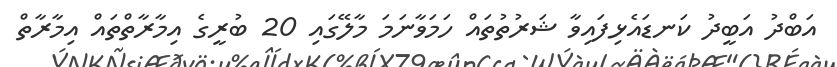
އަބްދު އަބީދު ކަނޑައެޅިފައިވާ ޝަރުތުތައް ހަމަވާނަމަ މާލޭގައި 20 ބުރީގެ އިމާރާތްތައް އިމާރާތް